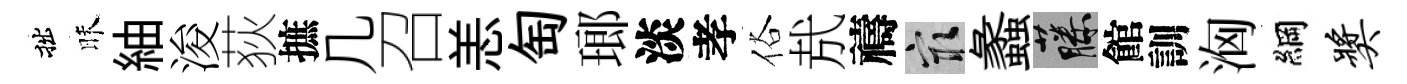
拙昧紬浚荻摭几召恙匋瑯淡孝俗㢤禱冣蠡藤館訓洶綱奖